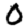
Digit: 0